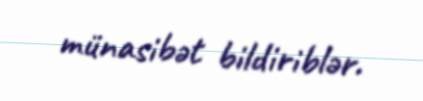
münasibət bildiriblər.